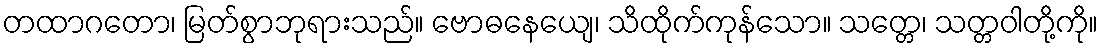
တထာဂတော၊ မြတ်စွာဘုရားသည်။ ဗောဓနေယျေ၊ သိထိုက်ကုန်သော။ သတ္တေ၊ သတ္တဝါတို့ကို။